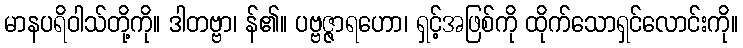
မာနပရိဝါသ်တို့ကို။ ဒါတဗ္ဗာ၊ န်၏။ ပဗ္ဗဇ္ဇာရဟော၊ ရှင့်အဖြစ်ကို ထိုက်သောရှင်လောင်းကို။